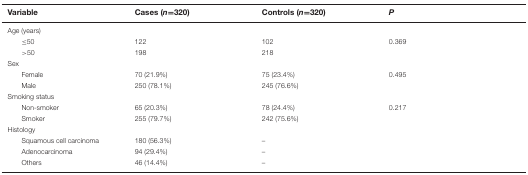
| Variable | Cases (n=320) | Controls (n=320) | P |
 | --- | --- | --- | --- |
 | Age (years) |  |  |  |
 | ≤50 | 122 | 102 | 0.369 |
 | >50 | 198 | 218 |  |
 | Sex |  |  |  |
 | Female | 70 (21.9%) | 75 (23.4%) | 0.495 |
 | Male | 250 (78.1%) | 245 (76.6%) |  |
 | Smoking status |  |  |  |
 | Non-smoker | 65 (20.3%) | 78 (24.4%) | 0.217 |
 | Smoker | 255 (79.7%) | 242 (75.6%) |  |
 | Histology |  |  |  |
 | Squamous cell carcinoma | 180 (56.3%) | – |  |
 | Adenocarcinoma | 94 (29.4%) | – |  |
 | Others | 46 (14.4%) | – |  |